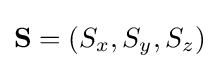
\mathbf {S} =\left(S_{x},S_{y},S_{z}\right)